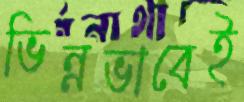
ভিন্নভাবেই